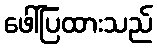
ဖေါ်ပြထားသည်